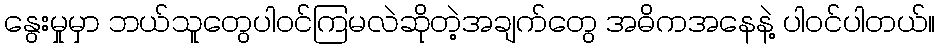
နွေးမှုမှာ ဘယ်သူတွေပါဝင်ကြမလဲဆိုတဲ့အချက်တွေ အဓိကအနေနဲ့ ပါဝင်ပါတယ်။